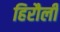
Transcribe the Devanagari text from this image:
हिरौली